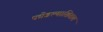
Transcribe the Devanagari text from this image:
फोडल्याशिवाय